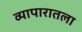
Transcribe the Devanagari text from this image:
व्यापारातला